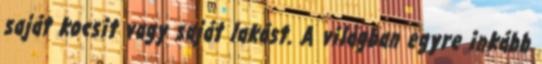
saját kocsit vagy saját lakást. A világban egyre inkább